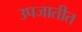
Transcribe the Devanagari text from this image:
उपजातीत